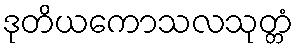
ဒုတိယကောသလသုတ္တံ